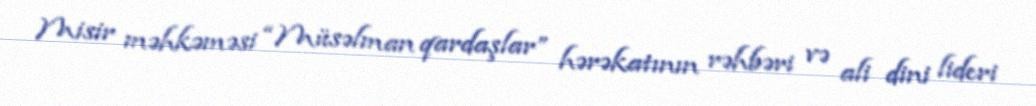
Misir məhkəməsi “Müsəlman qardaşlar” hərəkatının rəhbəri və ali dini lideri